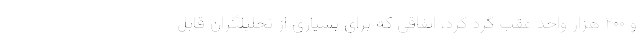
و ۲۰۰ هزار واحد عقب گرد کرد، اتفاقی که برای بسیاری از تحلیلگران قابل